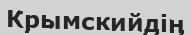
Крымскийдің